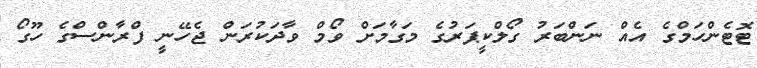
ޓޮޓެންހަމްގެ އެއް ނަންބަރު ގޯލްކީޕަރުގެ މަގާމަށް ވޯމް ވާދަކުރަން ޖެހޭނީ ފްރާންސްގެ ހޫގޯ